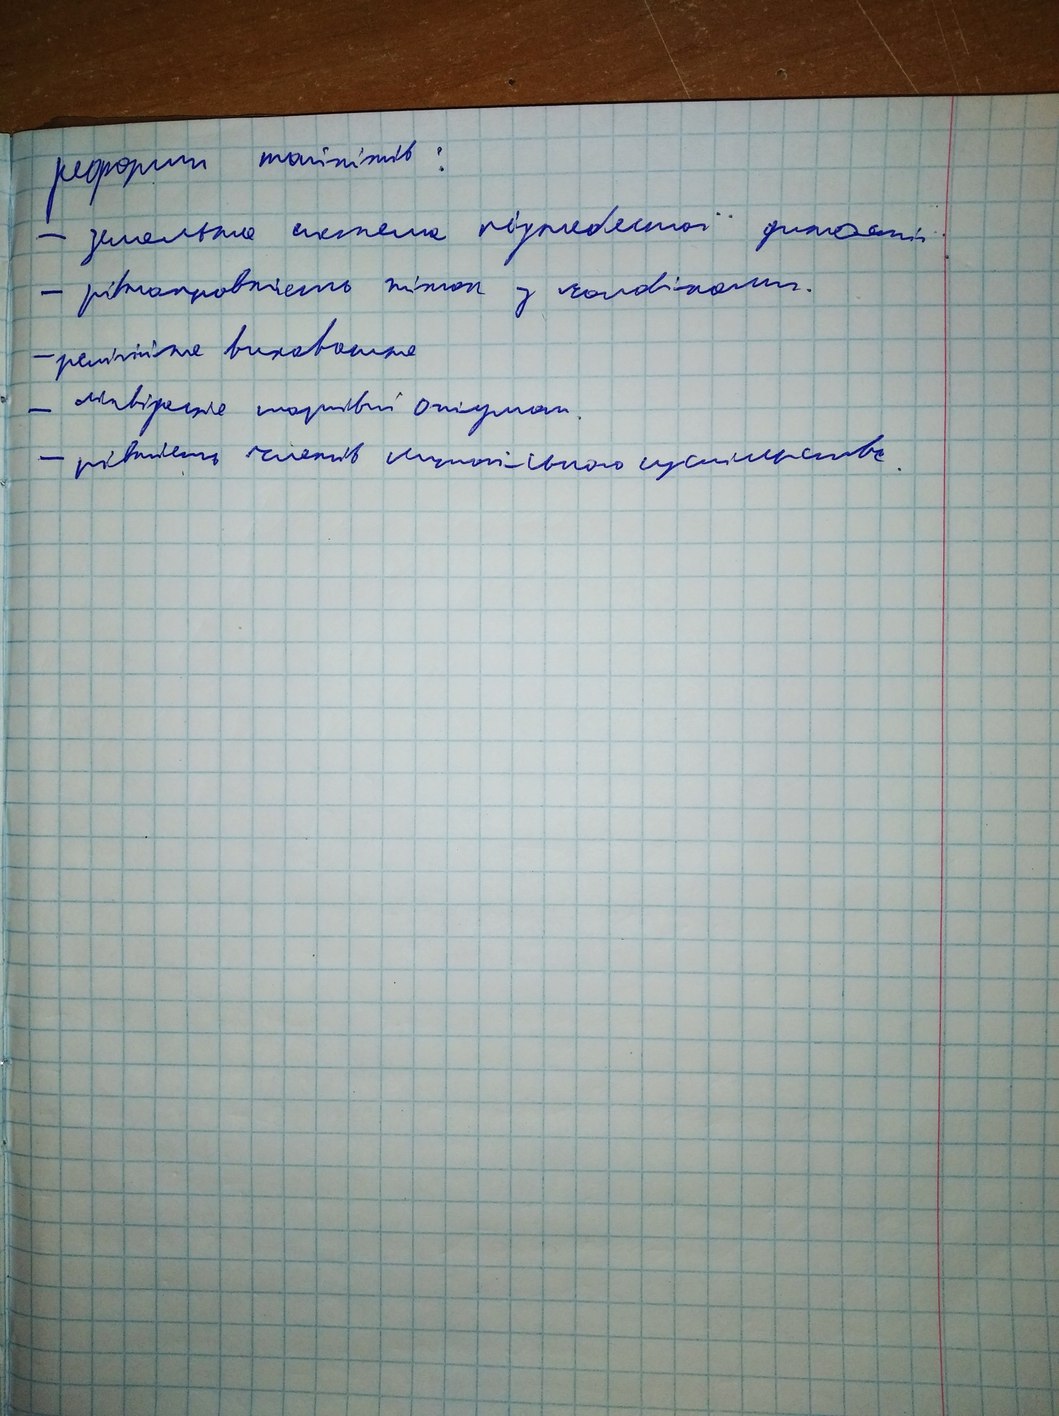
реформи політіків:
- земельна система піднебесної династії
- рівноправність жінок з чоловіками.
- релігійне виховання
- рівність членів Illegible суспільства.